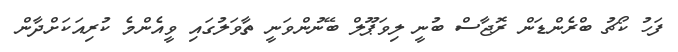
ފަހު ކޯޗު ބްރެންޑަން ރޮޖާސް ބުނީ ލިވަޕޫލް ބޭނުންވަނީ ތާވަލުގައި ވީއެންމެ ކުރިއަކަށްދާން